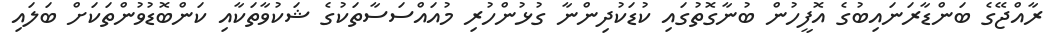
ރާއްޖޭގެ ބަންޑާރަނައިބުގެ އޮފީހުން ބުނާގޮތުގައި ކުޑަކުދިންނާ ގުޅުންހުރި މުއައްސަސާތަކުގެ ޝަކުވާތަކާއި ކަންބޮޑުވުންތަކަށް ބަލައި